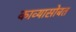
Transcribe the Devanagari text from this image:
काव्यासोबत